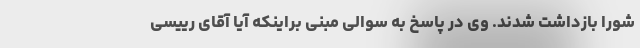
شورا بازداشت شدند. وی در پاسخ به سوالی مبنی براینکه آیا آقای رییسی